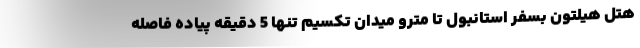
هتل هیلتون بسفر استانبول تا مترو میدان تکسیم تنها 5 دقیقه پیاده فاصله